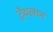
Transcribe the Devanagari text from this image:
ट्रेथलान